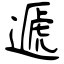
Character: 遞